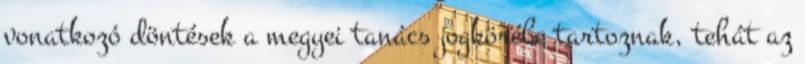
vonatkozó döntések a megyei tanács jogkörébe tartoznak, tehát az